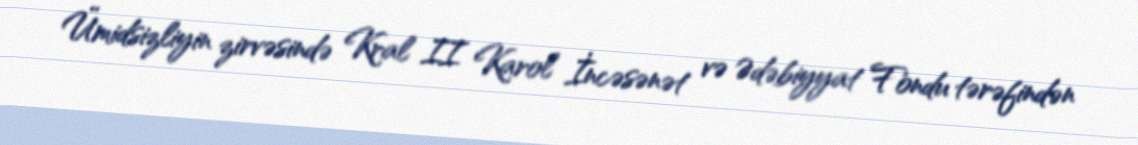
Ümidsizliyin zirvəsində Kral II Karol İncəsənət və Ədəbiyyat Fondu tərəfindən